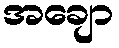
အချော